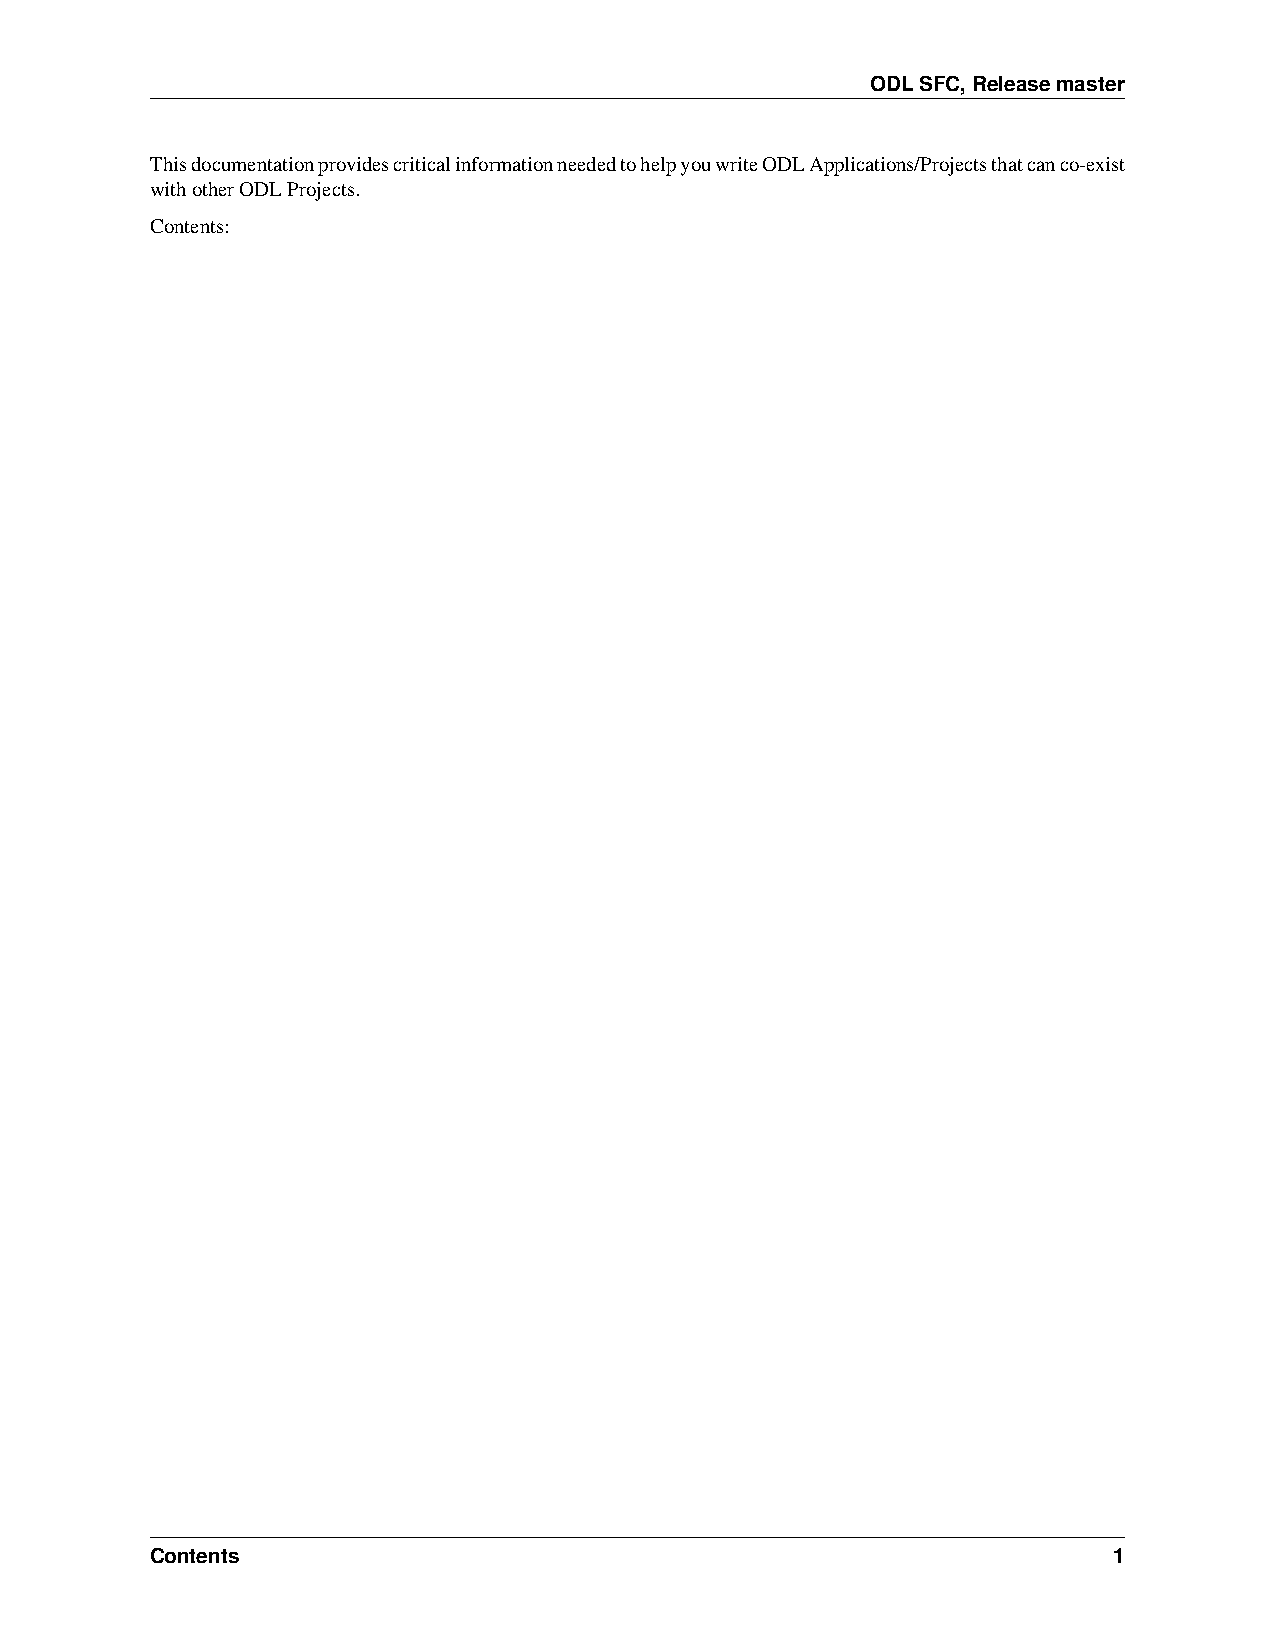
ODLSFC,Releasemaster
 ThisdocumentationprovidescriticalinformationneededtohelpyouwriteODLApplications/Projectsthatcanco-exist
 withotherODLProjects.
 Contents:
 Contents                                                        1